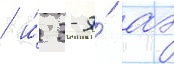
/ и́ 3-я́ аэ